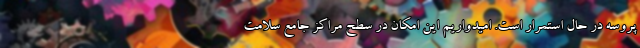
پروسه در حال استمرار است. امیدواریم این امکان در سطح مراکز جامع سلامت